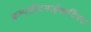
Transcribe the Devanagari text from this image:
कम्पलीटमाईआर्टिस्ट